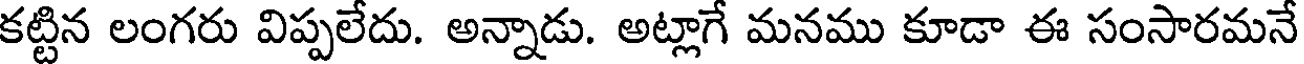
కట్టిన లంగరు విప్పలేదు. అన్నాడు. అట్లాగే మనము కూడా ఈ సంసారమనే